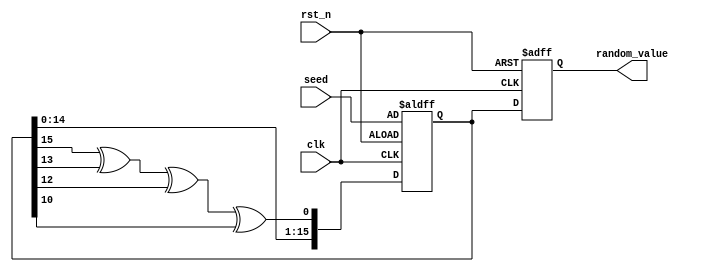
module RandomInitialization #(
    parameter WIDTH = 16 // Width of the random value output
)(
    input wire clk,             // Clock signal
    input wire rst_n,          // Active-low reset signal
    input wire [WIDTH-1:0] seed, // Seed input for initialization
    output reg [WIDTH-1:0] random_value // Random value output
);

    // Internal state for the LFSR
    reg [WIDTH-1:0] lfsr;

    // LFSR feedback polynomial (example: x^16 + x^14 + x^13 + x^11 + 1)
    wire feedback = lfsr[15] ^ lfsr[13] ^ lfsr[12] ^ lfsr[10];

    always @(posedge clk or negedge rst_n) begin
        if (!rst_n) begin
            // On reset, initialize the LFSR with the seed value
            lfsr <= seed;
            random_value <= 0;
        end else begin
            // Shift and feedback logic for LFSR
            lfsr <= {lfsr[WIDTH-2:0], feedback};
            random_value <= lfsr; // Output the current LFSR state as random value
        end
    end

endmodule